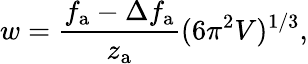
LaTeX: w=\frac{f_{\mathrm{a}}-\Delta f_{\mathrm{a}}}{z_{\mathrm{a}}}(6\pi^{2}V)^{1/3},